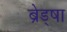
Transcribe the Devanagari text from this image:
ब्रेड्षा